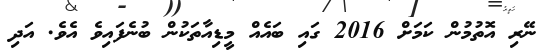
ނޭރި އޮތުމުން ކަމަށް 2016 ގައި ބައެއް މީޑިއާތަކުން ބުނެފައިވެ އެވެ. އަދި